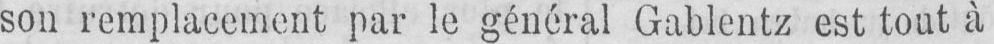
son remplacement par le général Gablentz est tout à